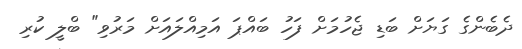
ދެބެންގެ ގަޔަށް ބަޑި ޖެހުމަށް ފަހު ބައްޕަ އަމިއްލައަށް މަރުވި" ބްލީ ކުރި